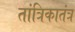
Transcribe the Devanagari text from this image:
तांत्रिकातंत्र